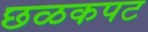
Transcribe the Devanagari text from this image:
छळकपट